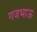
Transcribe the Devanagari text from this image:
गजभाऊ